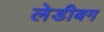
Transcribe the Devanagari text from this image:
लेडीबग